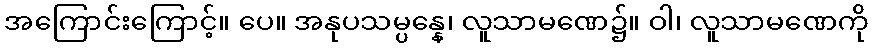
အကြောင်းကြောင့်။ ပေ။ အနုပသမ္ပန္နေ၊ လူသာမဏေ၌။ ဝါ၊ လူသာမဏေကို